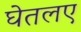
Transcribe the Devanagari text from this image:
घेतलए